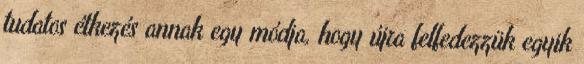
tudatos étkezés annak egy módja, hogy újra felfedezzük egyik